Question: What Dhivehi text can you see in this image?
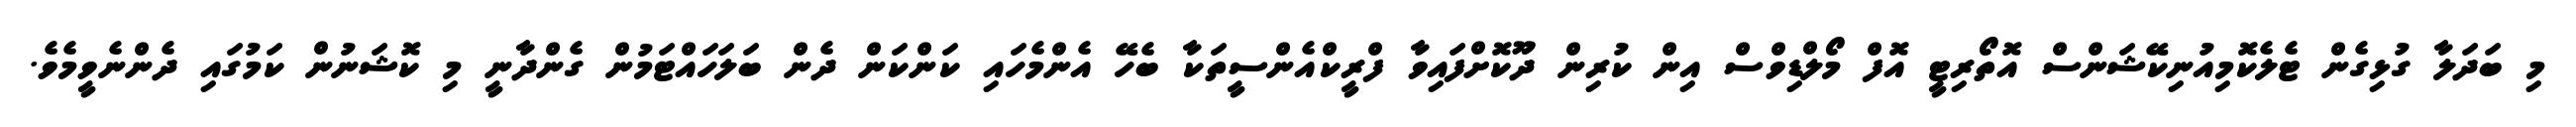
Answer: މި ބަދަލާ ގުޅިގެން ޓެލެކޮމިއުނިކޭޝަންސް އޮތޯރިޓީ އޮފް މޯލްޑިވްސް އިން ކުރިން ދޫކޮށްފައިވާ ފްރީކްއެންސީތަކާ ބެހޭ އެންމެހައި ކަންކަން ދެން ބަލަހައްޓަމުން ގެންދާނީ މި ކޮޝަނުން ކަމުގައި ދެންނެވީމެވެ.